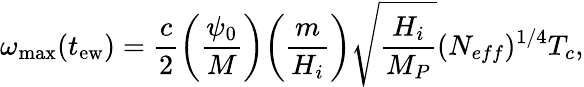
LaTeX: \omega_{\mathrm{max}}(t_{\mathrm{ew}})=\frac{c}{2}\biggl(\frac{\psi_{0}}{M}\biggr)\biggl(\frac{m}{H_{i}}\biggr)\sqrt{\frac{H_{i}}{M_{P}}}(N_{eff})^{1/4}T_{c},